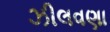
ઝીલવણા